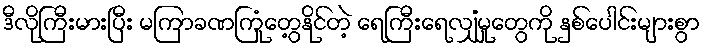
ဒီလိုကြီးမားပြီး မကြာခဏကြုံတွေ့နိုင်တဲ့ ရေကြီးရေလျှံမှုတွေကို နှစ်ပေါင်းများစွာ